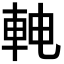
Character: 𬧳